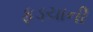
ફડચાની